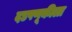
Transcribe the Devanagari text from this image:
दडपणूकीला